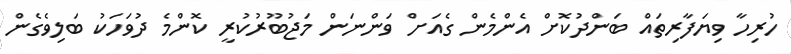
ހުރިހާ ވިޔަފާރިތައް ބަންދުކޮށް އެންމެން ގެއަށް ވަންނަން މަޖުބޫރުކުރީ ކޮންމެ ދުވަހަކު ބަލިވެގެން